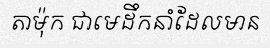
តាម៉ុក ជាមេដឹកនាំដែលមាន